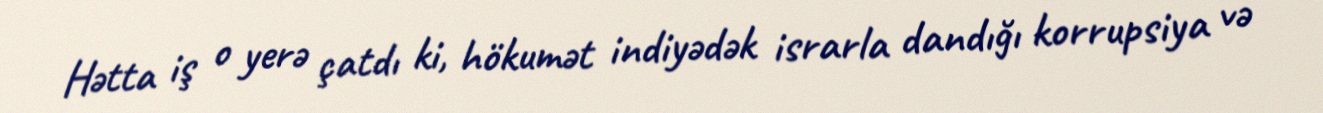
Hətta iş o yerə çatdı ki, hökumət indiyədək israrla dandığı korrupsiya və